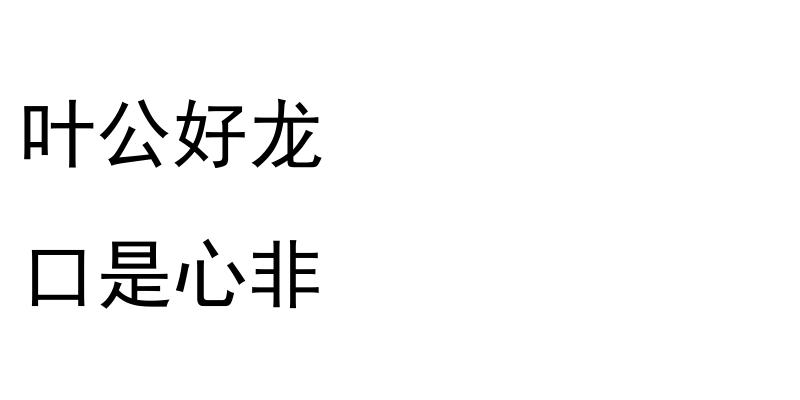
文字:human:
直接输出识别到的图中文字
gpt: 叶公好龙 口是心非